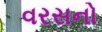
વરસનો